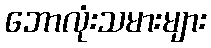
ဘောလုံးသမားများ